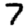
Digit: 7